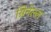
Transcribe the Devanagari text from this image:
ग्रिनेल्ल